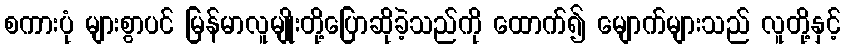
စကားပုံ များစွာပင် မြန်မာလူမျိုးတို့ပြောဆိုခဲ့သည်ကို ထောက်၍ မျောက်များသည် လူတို့နှင့်